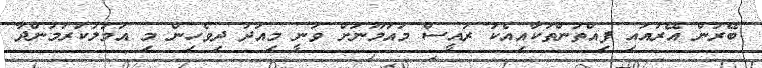
ބޭރުން އޭރުއައި ފިއްތުންތަކާއިއެކު ރައީސް މައުމޫނަށް ވަނީ މިއަދު ދިވެހިން މި އަމަލުކުރަމުންދާ